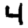
Digit: 4